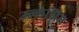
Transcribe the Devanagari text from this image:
उल्लेख्निय